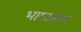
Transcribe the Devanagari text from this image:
भागावतर